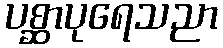
ပစ္ဆာပုရေသညာ